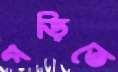
গড়িতে